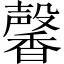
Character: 馨